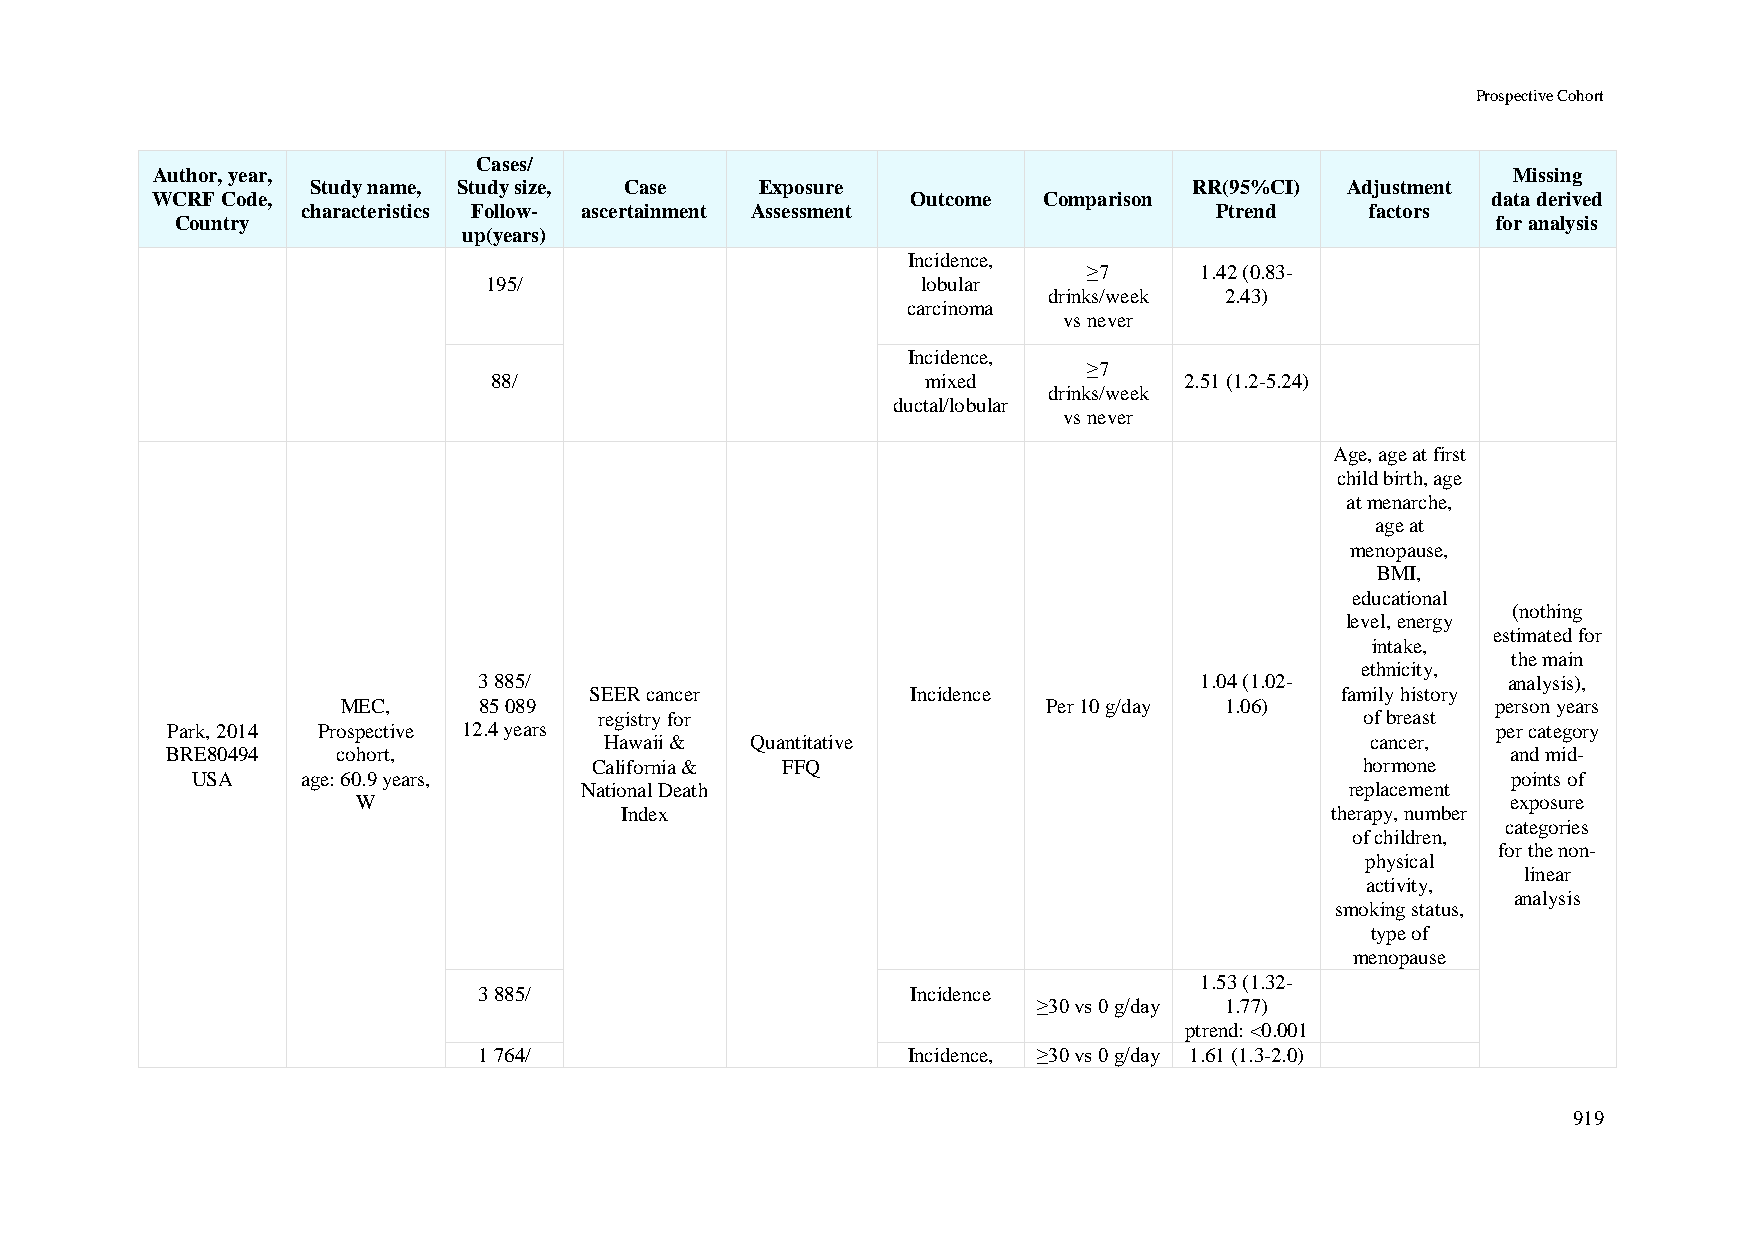
Prospective Cohort
 Cases/
 Author, year,                                                                             Missing
 Study name, Study size, Case Exposure                     RR(95%CI) Adjustment
 WCRF Code,                                        Outcome  Comparison                    data derived
 characteristics Follow- ascertainment Assessment            Ptrend     factors
 Country                                                                                for analysis
 up(years)
 Incidence,
 ≥7     1.42 (0.83-
 195/                         lobular
 drinks/week 2.43)
 carcinoma
 vs never
 Incidence,
 ≥7
 88/                         mixed            2.51 (1.2-5.24)
 drinks/week
 ductal/lobular
 vs never
 Age, age at first
 child birth, age
 at menarche,
 age at
 menopause,
 BMI,
 educational
 (nothing
 level, energy
 estimated for
 intake,
 the main
 ethnicity,
 3 885/                                         1.04 (1.02-          analysis),
 SEER cancer          Incidence                    family history
 MEC,     85 089                               Per 10 g/day 1.06)            person years
 registry for                                      of breast
 Park, 2014 Prospective 12.4 years                                                       per category
 Hawaii &  Quantitative                             cancer,
 BRE80494   cohort,                                                                       and mid-
 California & FFQ                                   hormone
 USA    age: 60.9 years,                                                                points of
 National Death                                     replacement
 W                                                                           exposure
 Index                                          therapy, number
 categories
 of children,
 for the non-
 physical
 linear
 activity,
 analysis
 smoking status,
 type of
 menopause
 1.53 (1.32-
 3 885/                      Incidence
 ≥30 vs 0 g/day 1.77)
 ptrend: <0.001
 1 764/                      Incidence, ≥30 vs 0 g/day 1.61 (1.3-2.0)
 919